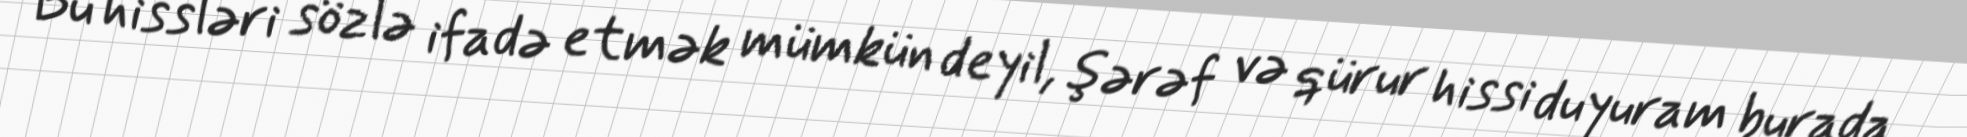
Bu hissləri sözlə ifadə etmək mümkün deyil, şərəf və qürur hissi duyuram burada